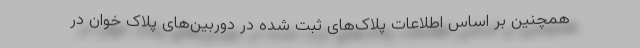
همچنین بر اساس اطلاعات پلاک‌های ثبت شده در دوربین‌های پلاک خوان در